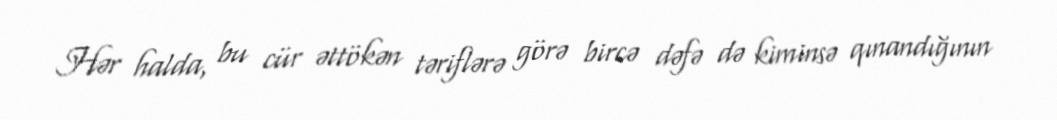
Hər halda, bu cür əttökən təriflərə görə bircə dəfə də kiminsə qınandığının